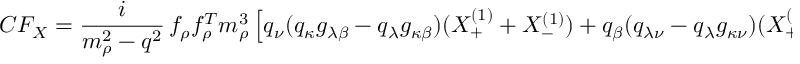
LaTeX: C F _ { X } = \frac { i } { m _ { \rho } ^ { 2 } - q ^ { 2 } } \, f _ { \rho } f _ { \rho } ^ { T } m _ { \rho } ^ { 3 } \left[ q _ { \nu } ( q _ { \kappa } g _ { \lambda \beta } - q _ { \lambda } g _ { \kappa \beta } ) ( X _ { + } ^ { ( 1 ) } + X _ { - } ^ { ( 1 ) } ) + q _ { \beta } ( q _ { \lambda \nu } - q _ { \lambda } g _ { \kappa \nu } ) ( X _ { + } ^ { ( 1 ) } - X _ { - } ^ { ( 1 ) } ) \right] ,